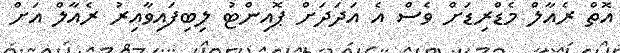
އޮތް ރެއާލް މެޑްރިޑަށް ވެސް އެ އަދަދަށް ޕޮއިންޓު ލިބިފައިވާއިރު ރެއާލް އަށް